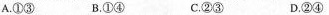
A.①③ B.①④ C.②③ D.②④